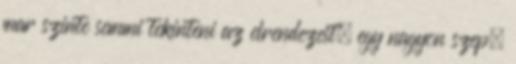
mar szinte semmi tekinteni az elrendezest, egy nagyon szep,